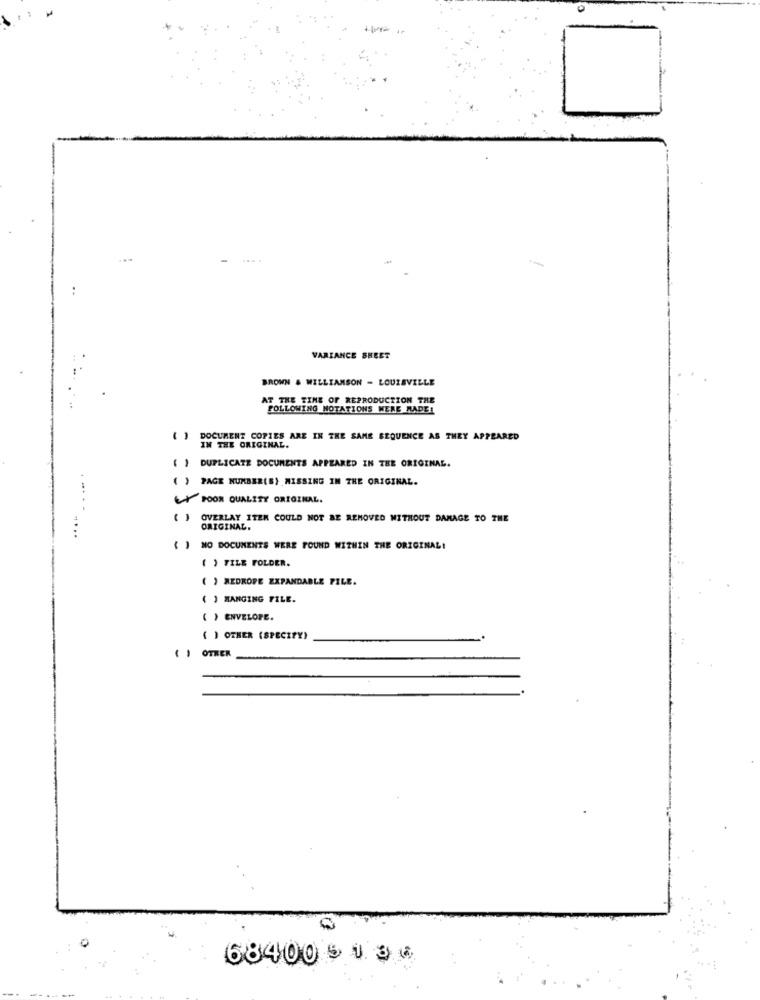
...
VARIANCE SHEET
BROWN & WILLIAMSON - LOUISVILLE
AT THE TIME OF REPRODUCTION THE
FOLLOWING NOTATIONS WERE MADE!
] DOCUMENT COPIES ARE IN THE SAME SEQUENCE AS THEY APPEARED
IN THE ORIGINAL.
DUPLICATE DOCUMENTS APPEARED IN THE ORIGINAL.
PAGE NUMBER(S) MISSING IN THE ORIGINAL.
...
& POOR QUALITY ORIGINAL.
( )
OVERLAY ITEM COULD NOT BE REMOVED WITHOUT DAMAGE TO THE
ORIGINAL.
( ) NO DOCUMENTS WERE FOUND WITHIN THE ORIGINAL!
( ) FILE FOLDER.
( ) REDROFE EXPANDABLE PILE.
( ) HANGING FILE.
( ) ENVELOPE.
( ) OTHER (SPECIFY)
( ) OTHER
68400 5 4. 36